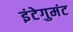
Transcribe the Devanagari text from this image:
इंटेगुमंट